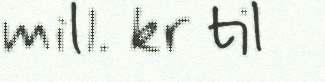
mill. kr til